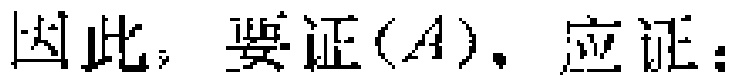
因此，要证$(A)，应证：